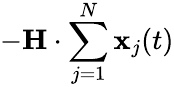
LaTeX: -\mathbf{H}\cdot\sum_{j=1}^{N}\mathbf{x}_{j}(t)